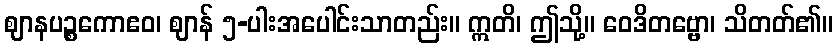
ဈာနပဉ္စကောဧဝ၊ ဈာန် ၅-ပါးအပေါင်းသာတည်း။ ဣတိ၊ ဤသို့။ ဝေဒိတဗ္ဗော၊ သိတတ်၏။